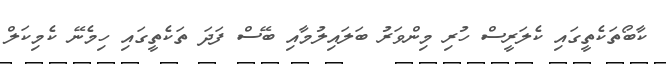
ކާބޯތަކެތީގައި ކެލަރީސް ހުރި މިންވަރު ބަލައިލުމާއި ބޭސް ފަދަ ތަކެތީގައި ހިމެނޭ ކެމިކަލް